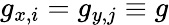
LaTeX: g_{x,i}=g_{y,j}\equiv g